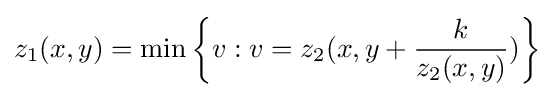
z_{1}(x,y)=\min \left\{v:v=z_{2}(x,y+{\frac {k}{z_{2}(x,y)}})\right\}